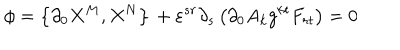
\phi = \left\{ \partial _ { 0 } X ^ { M } , X ^ { N } \right\} \, + \varepsilon ^ { s r } \partial _ { s } \left( \partial _ { 0 } A _ { k } g ^ { k t } F _ { r t } \right) = 0